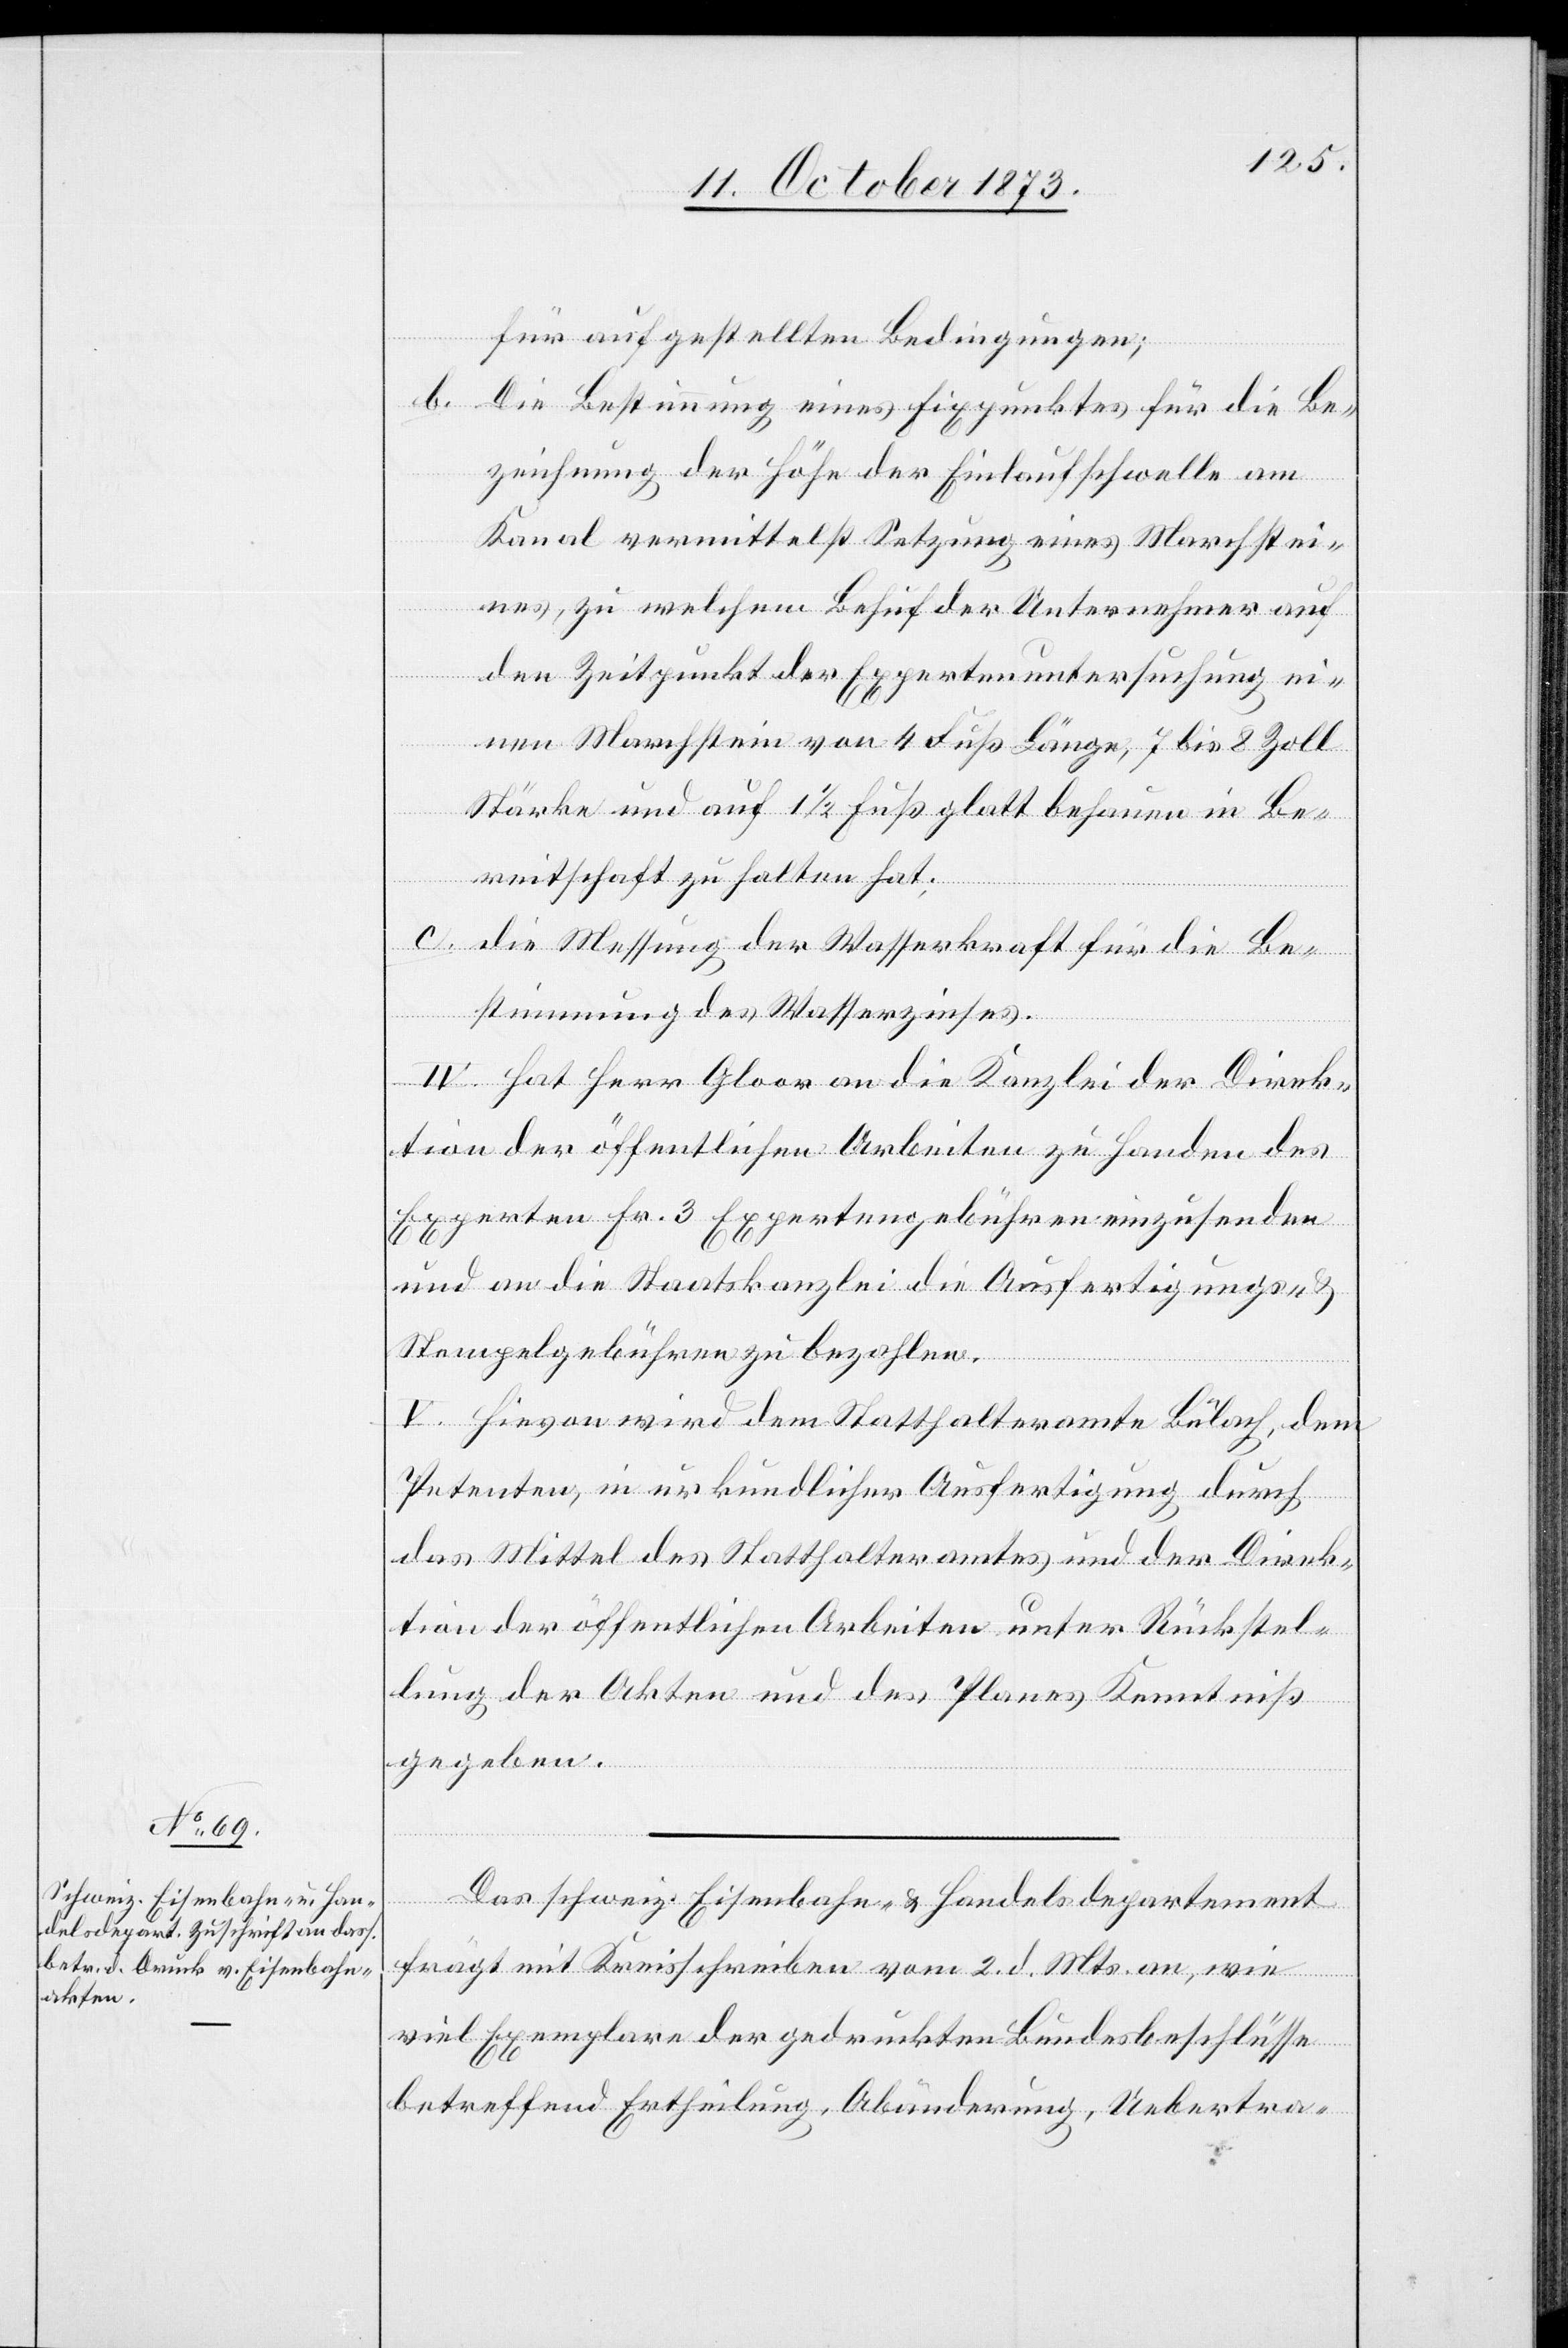
Das schweiz. Eisenbahn- & Handelsdepartement
frägt mit Kreisschreiben vom 2. d. Mts. an, wie
viel Exemplare der gedruckten Bundesbeschlüsse
betreffend Ertheilung, Abänderung, Uebertra-